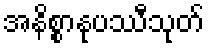
အနိစ္စာနုပဿီသုတ်